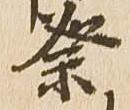
祭